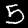
Digit: 5